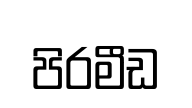
පිරමීඩ